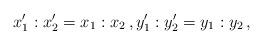
LaTeX: \begin{align*}x_1^\prime : x_2^\prime = x_1 : x_2 \, , y_1^\prime: y_2^\prime = y_1 : y_2 \, , \end{align*}